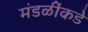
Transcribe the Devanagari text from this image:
मंडळींकडे